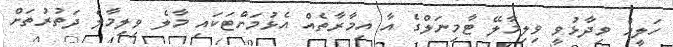
ހަލީމް ވިދާޅުވީ ވިލިމާލޭ ޓާމިނަލްގެ އާ އިމާރާތެއް އެޅުމަށްޓަކައި މާލެ ވިލިމާލެ ދަތުރުތަށް